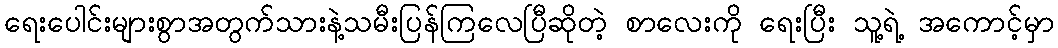
ရေးပေါင်းများစွာအတွက်သားနဲ့သမီးပြန်ကြလေပြီဆိုတဲ့ စာလေးကို ရေးပြီး သူ့ရဲ့ အကောင့်မှာ